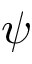
\psi